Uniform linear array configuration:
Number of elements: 48
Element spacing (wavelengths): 0.5
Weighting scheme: kaiser
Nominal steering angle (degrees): -45
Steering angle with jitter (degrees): -46.54
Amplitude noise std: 0.05
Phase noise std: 0.05

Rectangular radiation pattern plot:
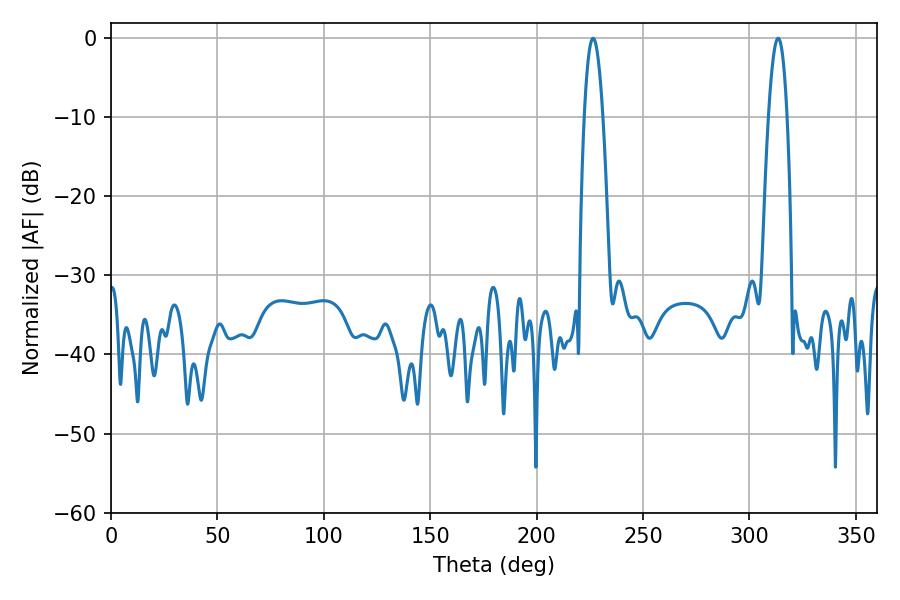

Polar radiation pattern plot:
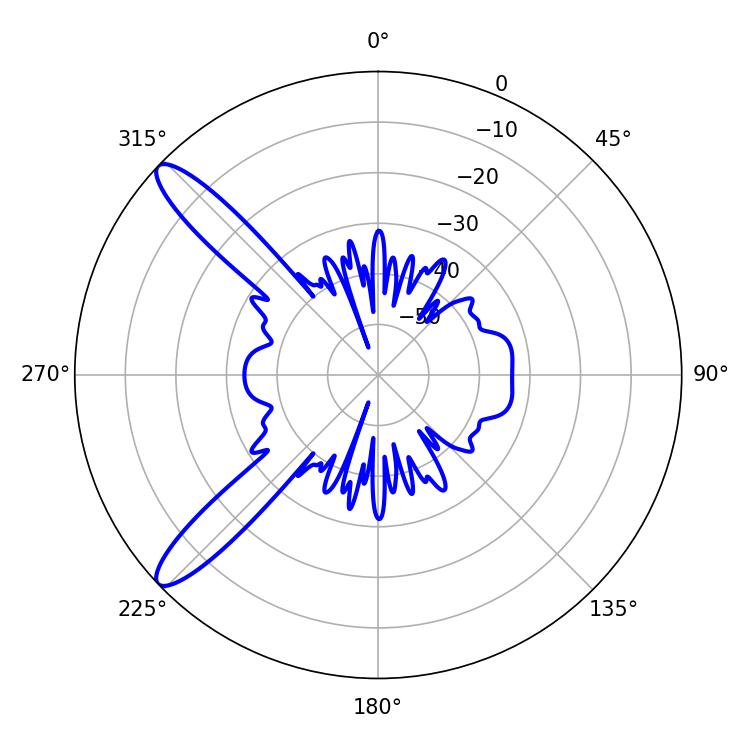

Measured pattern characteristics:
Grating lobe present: FALSE
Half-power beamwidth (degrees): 4.86
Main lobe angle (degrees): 226.44